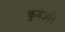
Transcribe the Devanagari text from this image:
कुजेऽहनि